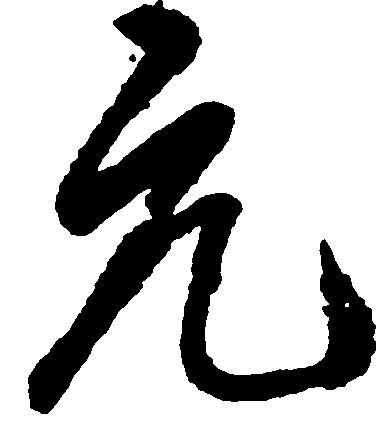
元